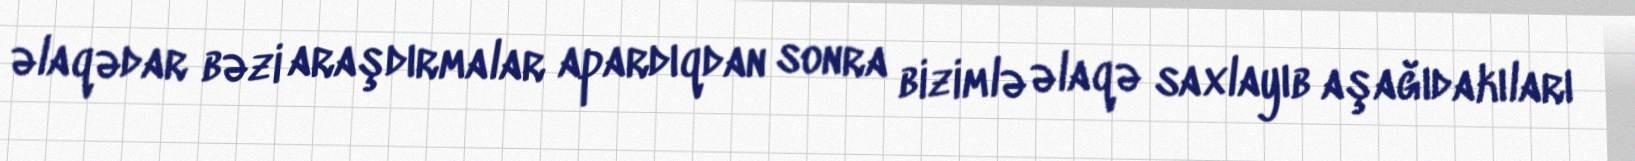
əlaqədar bəzi araşdırmalar apardıqdan sonra bizimlə əlaqə saxlayıb aşağıdakıları